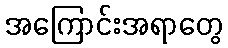
အကြောင်းအရာတွေ